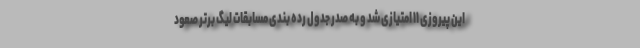
این پیروزی ۱۱ امتیازی شد و به صدر جدول رده بندی مسابقات لیگ برتر صعود